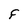
Character: F